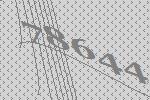
78644